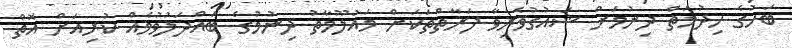
ބަހުގެ ހިދުމަތް ދިނުމަށް ޝައުގުވެރިވާ ފަރާތްތަކަށް މައުލޫމާތު ދިނުމުގެ ބައްދަލުވުމެއް ކުރިއަށް އޮތް